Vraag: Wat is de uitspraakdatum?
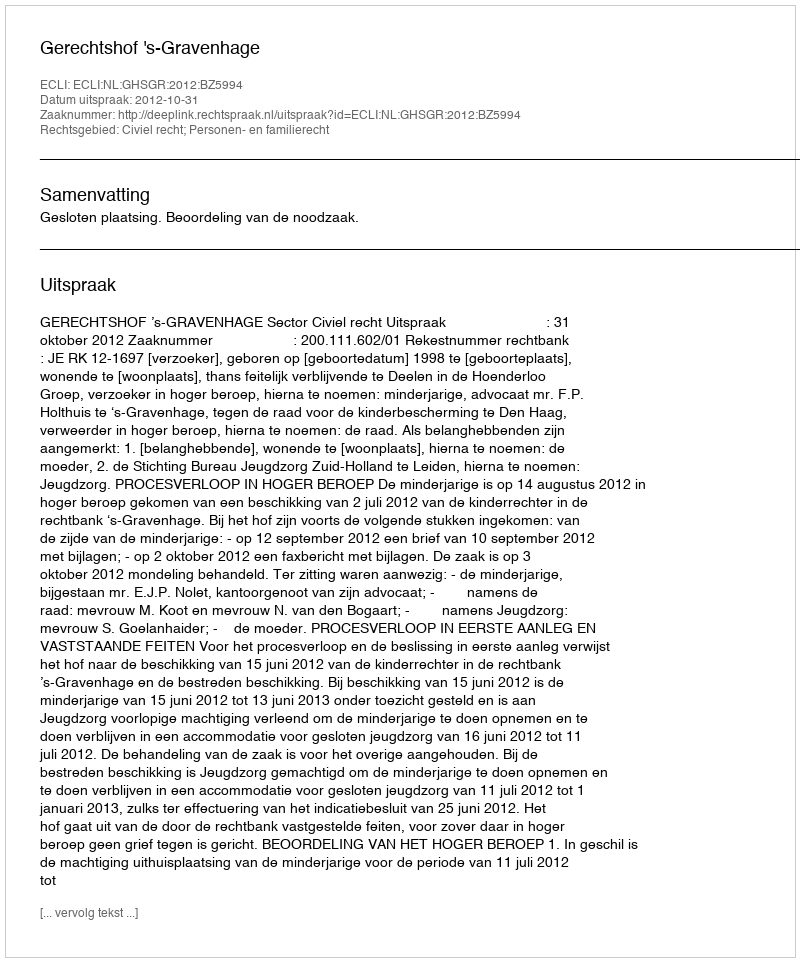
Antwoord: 2012-10-31